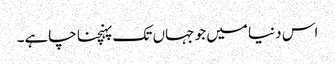
اس دنیا میں جو جہاں تک پہنچنا چاہے۔